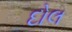
દોલ